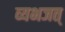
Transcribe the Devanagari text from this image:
व्यभजत्